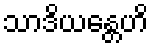
သာဒိယန္တေဟိ